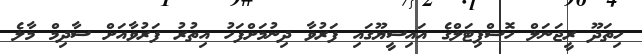
ހިތަދޫ ރީޖަނަލް ހޮސްޕިޓަލްގެ އައިސީޔޫގައި ފަރުވާ ދިނުމަށްފަހު އިތުރު ފަރުވާއަށް ސާދިމް މާލެ